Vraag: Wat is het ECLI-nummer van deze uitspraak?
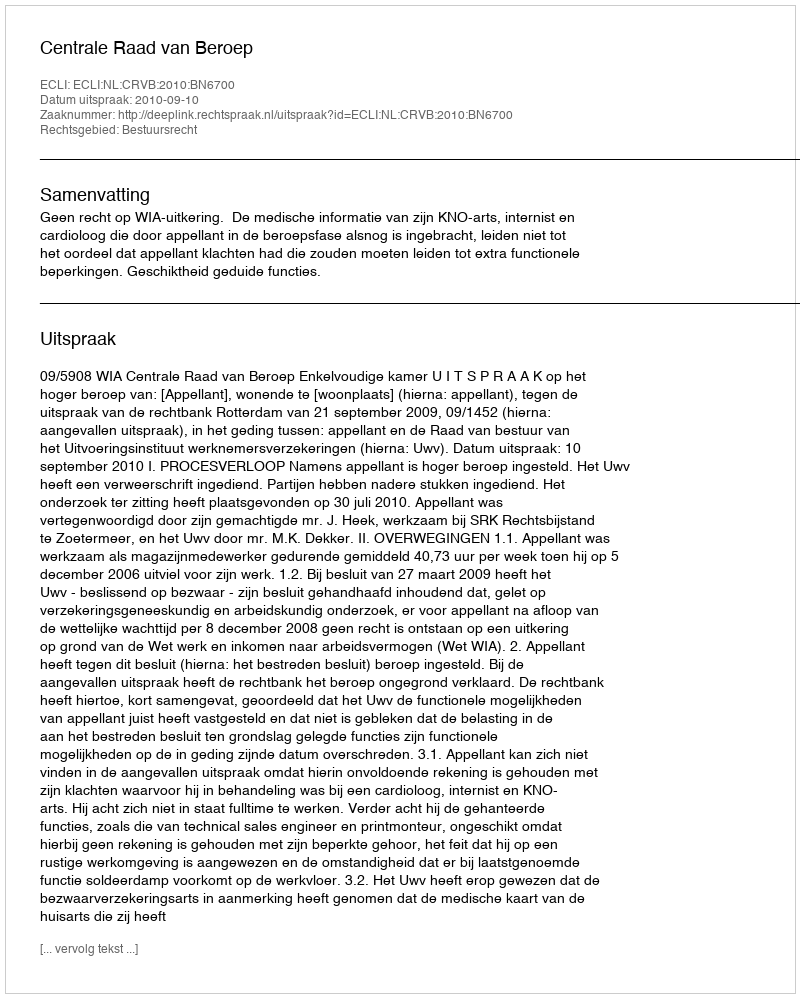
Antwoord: ECLI:NL:CRVB:2010:BN6700